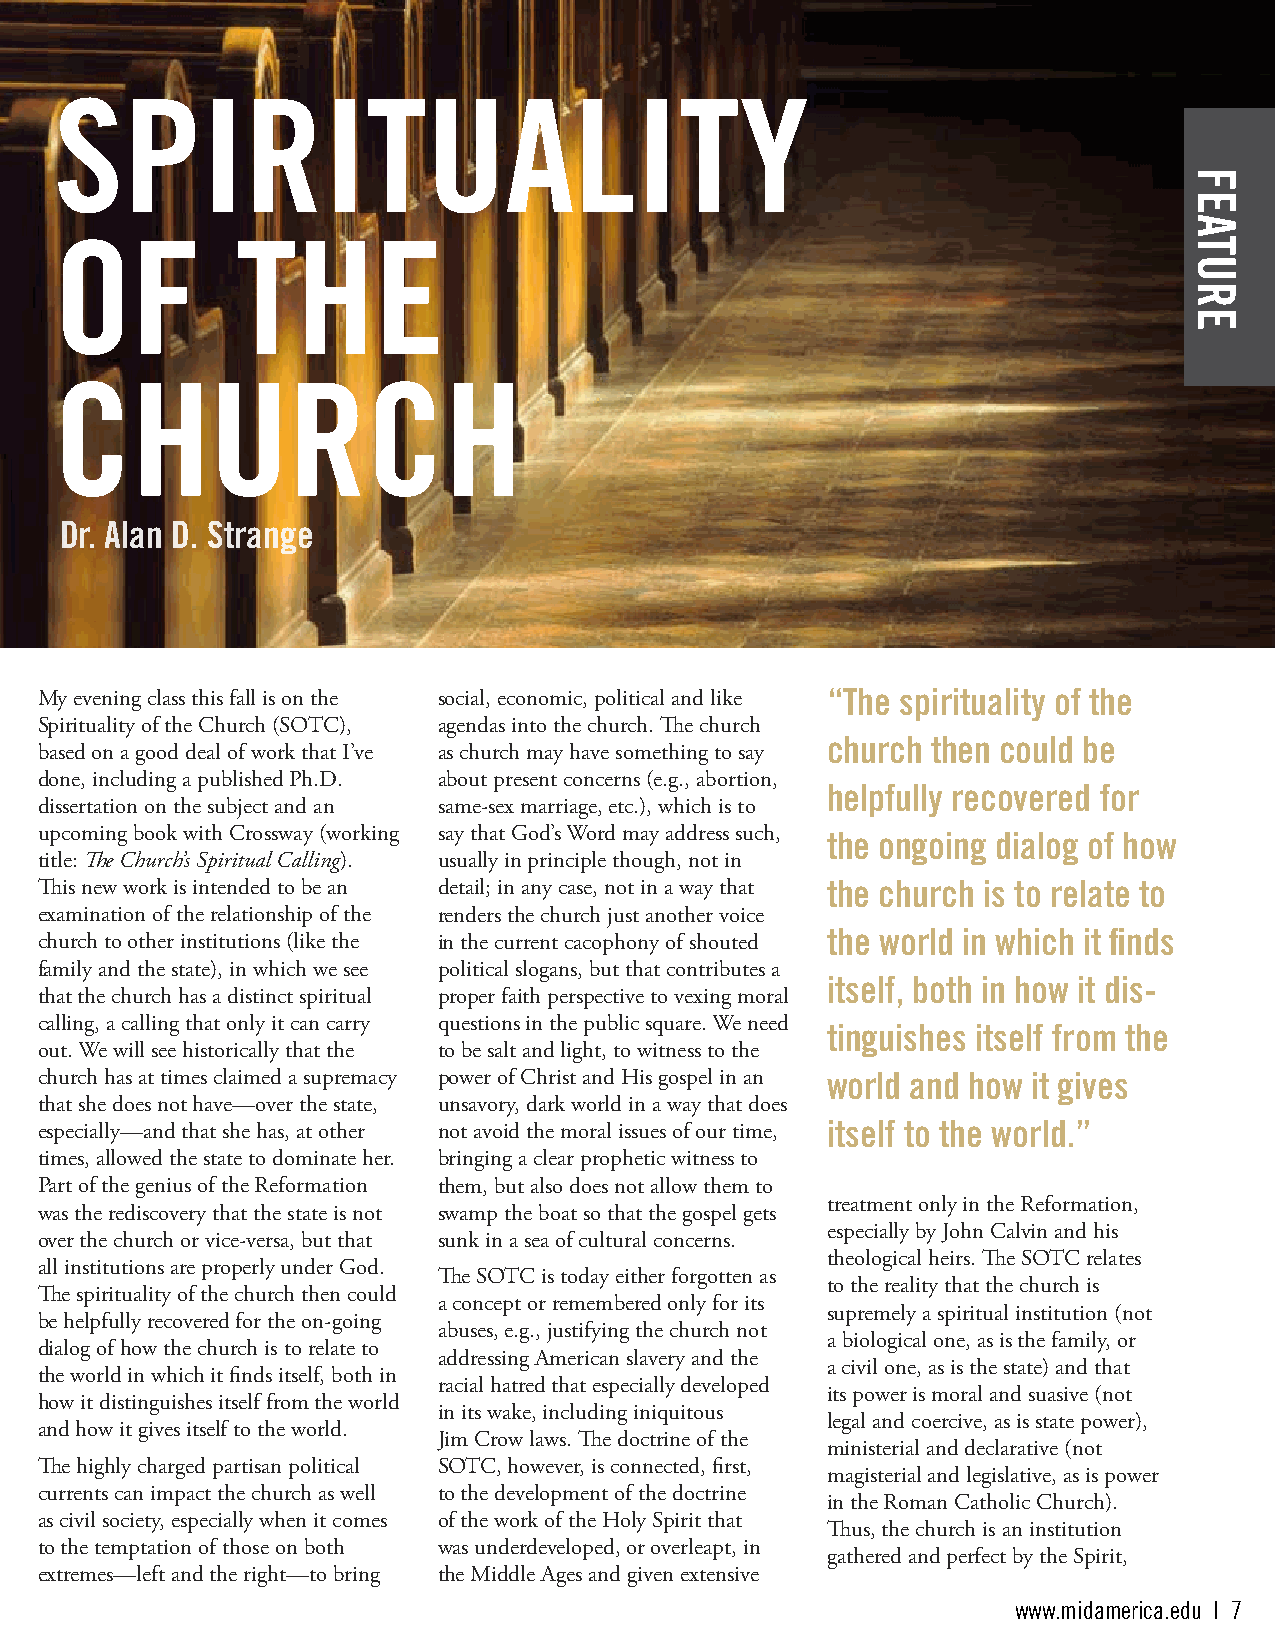
SPIRITUALITY
 OF          THE
 CHURCH
 Dr. Alan D. Strange
 My evening class this fall is on the social, economic, political and like “The spirituality of the
 Spirituality of the Church (SOTC), agendas into the church. The church
 church then could be
 based on a good deal of work that I’ve as church may have something to say
 done, including a published Ph.D. about present concerns (e.g., abortion,
 helpfully recovered for
 dissertation on the subject and an same-sex marriage, etc.), which is to
 upcoming book with Crossway (working say that God’s Word may address such, the ongoing dialog of how
 title: The Church’s Spiritual Calling). usually in principle though, not in
 This new work is intended to be an detail; in any case, not in a way that the church is to relate to
 examination of the relationship of the renders the church just another voice
 the world in which it finds
 church to other institutions (like the in the current cacophony of shouted
 family and the state), in which we see political slogans, but that contributes a
 itself, both in how it dis-
 that the church has a distinct spiritual proper faith perspective to vexing moral
 calling, a calling that only it can carry questions in the public square. We need
 tinguishes itself from the
 out. We will see historically that the to be salt and light, to witness to the
 church has at times claimed a supremacy power of Christ and His gospel in an world and how it gives
 that she does not have—over the state, unsavory, dark world in a way that does
 especially—and that she has, at other not avoid the moral issues of our time, itself to the world.”
 times, allowed the state to dominate her. bringing a clear prophetic witness to
 Part of the genius of the Reformation them, but also does not allow them to
 treatment only in the Reformation,
 was the rediscovery that the state is not swamp the boat so that the gospel gets
 especially by John Calvin and his
 over the church or vice-versa, but that sunk in a sea of cultural concerns.
 theological heirs. The SOTC relates
 all institutions are properly under God.
 The SOTC is today either forgotten as
 to the reality that the church is
 The spirituality of the church then could
 a concept or remembered only for its
 supremely a spiritual institution (not
 be helpfully recovered for the on-going
 abuses, e.g., justifying the church not
 a biological one, as is the family, or
 dialog of how the church is to relate to
 addressing American slavery and the
 a civil one, as is the state) and that
 the world in which it finds itself, both in
 racial hatred that especially developed
 its power is moral and suasive (not
 how it distinguishes itself from the world
 in its wake, including iniquitous
 legal and coercive, as is state power),
 and how it gives itself to the world.
 Jim Crow laws. The doctrine of the
 ministerial and declarative (not
 The highly charged partisan political SOTC, however, is connected, first,
 magisterial and legislative, as is power
 currents can impact the church as well to the development of the doctrine
 in the Roman Catholic Church).
 as civil society, especially when it comes of the work of the Holy Spirit that
 Thus, the church is an institution
 to the temptation of those on both was underdeveloped, or overleapt, in
 gathered and perfect by the Spirit,
 extremes—left and the right—to bring the Middle Ages and given extensive
 www.midamerica.edu | 7
 FEATURE